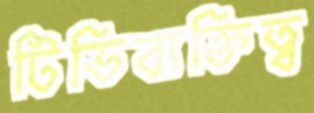
টিভিব্যক্তিত্ব